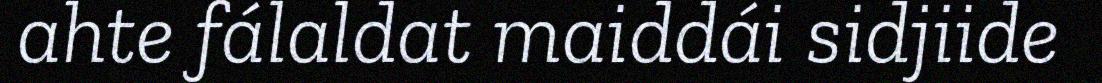
ahte fálaldat maiddái sidjiide